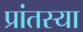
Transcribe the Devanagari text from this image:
प्रांतस्या